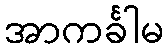
အာကင်္ခါမ